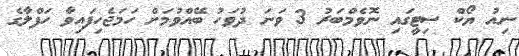
ނިއު ޔޯކް ސިޓީގައި ނޮވެމްބަރު 3 ވަނަ ދުވަހު ބޭއްވުމަށް ހަމަޖެހިފައިވާ ހަފްލާގެ